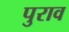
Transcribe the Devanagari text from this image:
पुराव